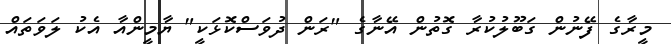
މީރާގެ ފޭނުން ގަބޫލުކުރާ ގޮތުން އޭނާގެ "ރަން ދުވަސްކޮޅަކީ" ޔާމީންއާ އެކު ލަވަތައް